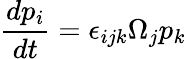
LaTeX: \frac{dp_{i}}{dt}=\epsilon_{ijk}\Omega_{j}p_{k}